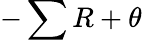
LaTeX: -\sum R+\theta